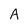
Character: A